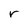
Character: r